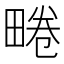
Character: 𤲨